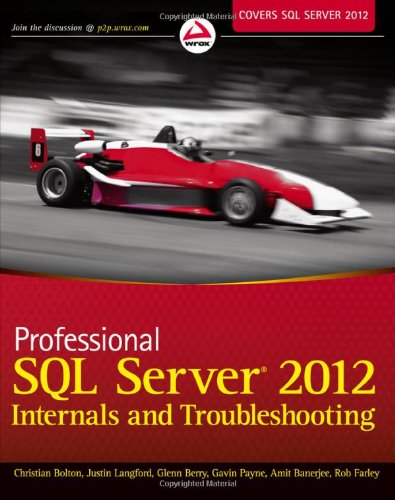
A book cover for Professional SQL Server 2012 Internals and Troubleshooting; Christian Bolton; Computers & Technology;